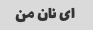
ای نان من